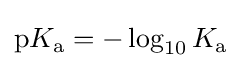
{\text{p}}K_{\text{a}}=-\log _{10}{K_{\mathrm {a} }}